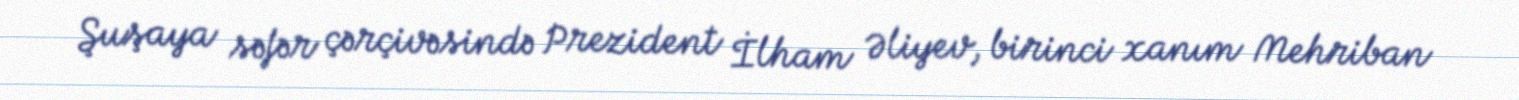
Şuşaya səfər çərçivəsində Prezident İlham Əliyev, birinci xanım Mehriban